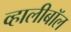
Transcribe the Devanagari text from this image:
व्हालीबॉल